Vaccine operations Central Provinces & Berar 1912-1920 - 1912-1920
Year: 1912
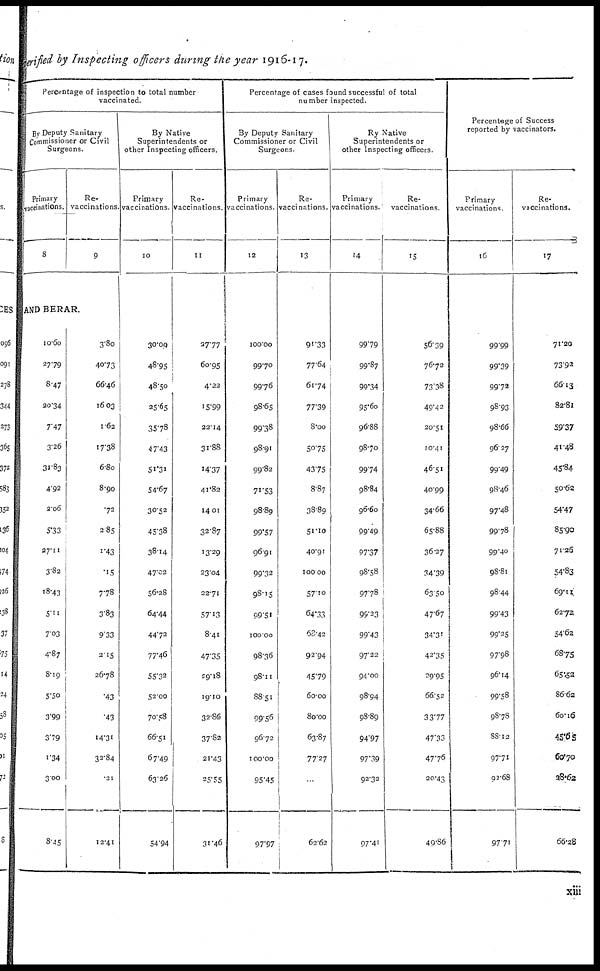
verified by Inspecting officers during the year 1916-17.
Percentage of inspection to total number
vaccinated.
By Deputy Sanitary
Commissioner or Civil
Surgeons.
Primary
vaccinations.
8
Re¬
vaccinations.
9
AND BERAR.
10.60
27.79
8.47
20.34
7.47
3.26
31.83
4.92
2.06
5.33
27.11
3.82
18.43
5.11
7.03
4.87
8.19
5.50
3.99
3.79
1.34
3.00
8.45
3.80
40.73
66.46
16.03
1.62
17.38
6.80
8.90
.72
2.85
1.43
.15
7.78
3.83
9.33
2.15
26.78
.43
.43
14.31
32.84
.21
12.41
By Native
Superintendents or
other Inspecting officers.
Primary
vaccinations.
10
30.09
48.95
48.50
25.65
35.78
47.43
51.31
54.67
30.52
45.38
38.14
47.02
56.28
64.44
44.72
77.46
55.32
52.00
70.58
66.51
67.49
63.26
54.94
Re¬
vaccinations.
11
37.77
60.95
4.22
15.99
22.14
31.88
14.37
41.82
14.01
32.87
13.29
23.04
22.71
57.13
8.41
47.35
29.18
19.10
32.86
37.82
21.43
25.55
31.46
Percentage of cases found successful of total
number inspected.
By Deputy Sanitary
Commissioner or Civil
Surgeons.
Primary
vaccinations.
12
100.00
99.70
99.76
98.65
99.38
98.91
99.82
71.53
98.89
99.57
96.91
99.32
98.15
99.51
100.00
98.36
98.11
88.51
99.56
96.72
100.00
95.45
97.97
Re-
vaccinations.
13
91.33
77.64
61.74
77.39
8.00
50.75
43.75
8.87
38.89
51.10
40.91
100.00
57.10
64.33
68.42
92.94
45.79
60.00
80.00
63.87
77.27
...
62.62
By Native
Superintendents or
other Inspecting officers.
Primary
vaccinations.
14
99.79
99.87
99.34
95.60
96.88
98.70
99.74
98.84
96.60
99.49
97.37
98.58
97.78
99.23
99.43
97.22
94.00
98.94
98.89
94.97
97.39
92.32
97.41
Re-
vaccinations
15
56.39
76.72
73.38
49.42
20.51
10.41
46.51
40.99
34.66
65.88
36.27
34.39
63.50
47.67
34.31
42.35
29.95
66.52
33.77
47.33
47.76
20.43
49.86
Percentage of Success
reported by vaccinators.
Primary
vaccinations.
16
99.99
99.39
99.72
98.93
98.66
96.27
99.49
98.46
97.48
99.78
99.40
98.81
98.44
99.43
99.25
97.98
96.14
99.58
98.78
88.12
97.71
92.68
97.71
Re-
vaccinations.
17
71.20
73.92
66.13
82.81
59.37
41.48
45.84
50.62
54.47
85.90
71.26
54.83
69.11
62.72
54.62
68.75
65.52
86.62
60.16
45.65
60.70
28.62
66.28
xiii